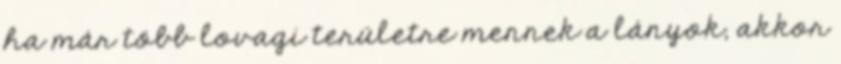
ha már több lovagi területre mennek a lányok, akkor